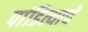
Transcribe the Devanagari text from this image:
पांडित्याचे